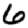
Digit: 6